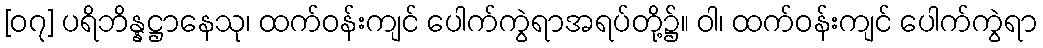
[၀၇] ပရိဘိန္နဋ္ဌာနေသု၊ ထက်ဝန်းကျင် ပေါက်ကွဲရာအရပ်တို့၌။ ဝါ၊ ထက်ဝန်းကျင် ပေါက်ကွဲရာ